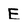
Character: E